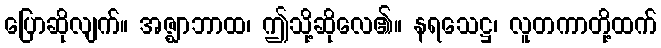
ပြောဆိုလျက်။ အဇ္ဈာဘာထ၊ ဤသို့ဆိုလေ၏။ နရသေဋ္ဌ၊ လူတကာတို့ထက်